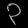
Digit: ၃